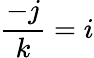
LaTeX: {\frac{-j}{k}}=i